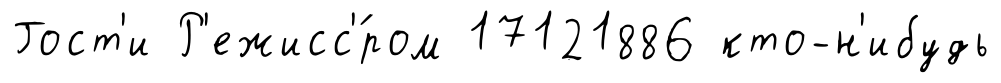
Гост'и Р'ежисс'́ром 17121886 кто-н'ибудь